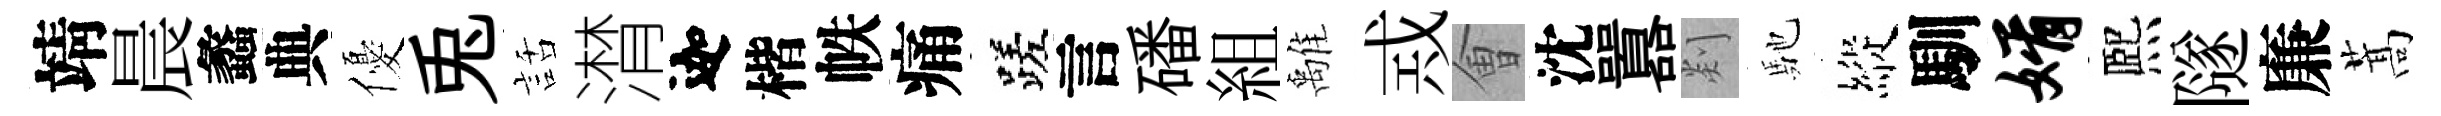
靖晨蠡典優兎話潸迦楷帙痛蹉言磻組𩀌𢦶㑹沈囂剡馳縱馴婿熈隧廉蒿